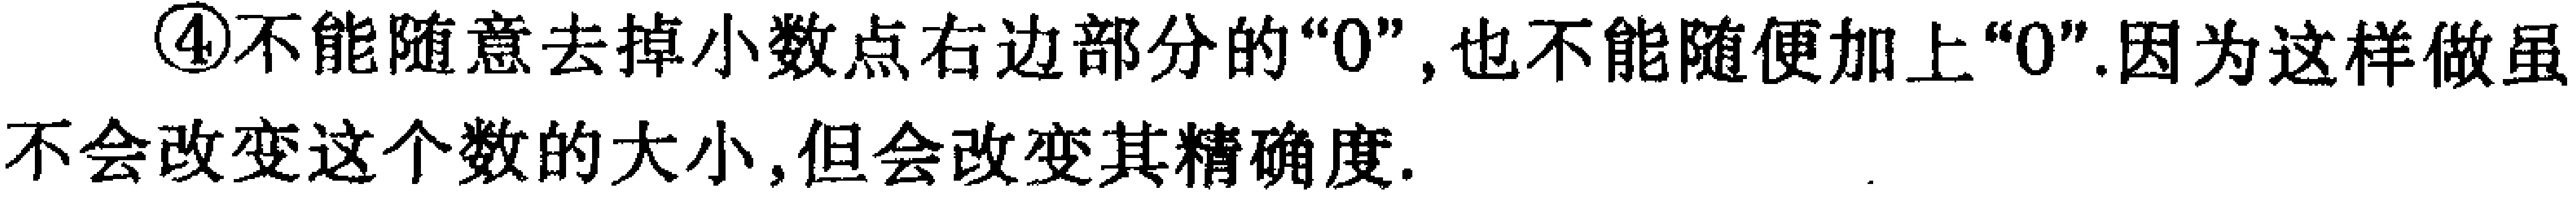
\textcircled{4}不能随意去掉小数点右边部分的“0”,也不能随便加上“0”.因为这样做虽不会改变这个数的大小,但会改变其精确度.